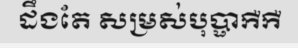
ដឹងតែ សម្រស់បុប្ផាកឺកឺ